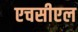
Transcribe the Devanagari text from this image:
एचसीएल